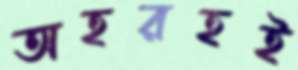
অহরহই